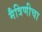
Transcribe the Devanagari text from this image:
मैत्रिणीचा